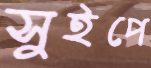
সুইপে